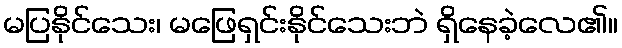
မပြနိုင်သေး၊ မဖြေရှင်းနိုင်သေးဘဲ ရှိနေခဲ့လေ၏။